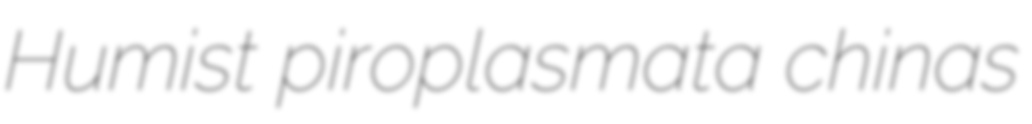
Humist piroplasmata chinas